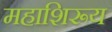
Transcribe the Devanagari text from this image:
महाशिरूय